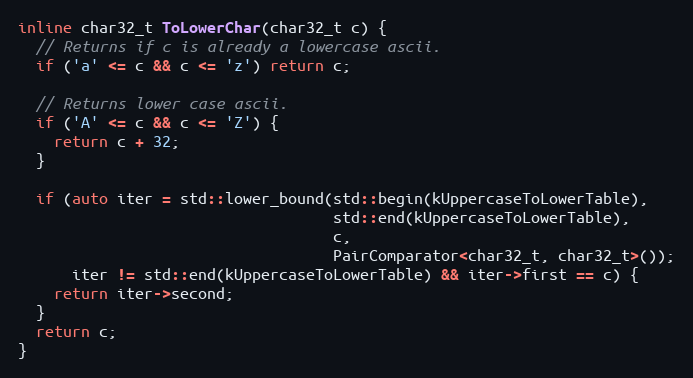
Language: C
inline char32_t ToLowerChar(char32_t c) {
  // Returns if c is already a lowercase ascii.
  if ('a' <= c && c <= 'z') return c;

  // Returns lower case ascii.
  if ('A' <= c && c <= 'Z') {
    return c + 32;
  }

  if (auto iter = std::lower_bound(std::begin(kUppercaseToLowerTable),
                                   std::end(kUppercaseToLowerTable),
                                   c,
                                   PairComparator<char32_t, char32_t>());
      iter != std::end(kUppercaseToLowerTable) && iter->first == c) {
    return iter->second;
  }
  return c;
}